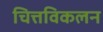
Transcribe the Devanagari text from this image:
चित्तविकलन